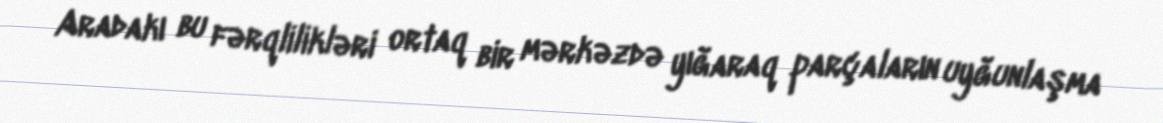
Aradakı bu fərqlilikləri ortaq bir mərkəzdə yığaraq parçaların uyğunlaşma